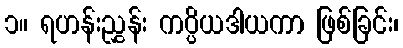
၁။ ရဟန်းညွှန်း ကပ္ပိယဒါယကာ ဖြစ်ခြင်း၊